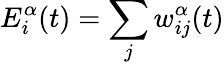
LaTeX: E_{i}^{\alpha}(t)=\sum_{j}w_{ij}^{\alpha}(t)